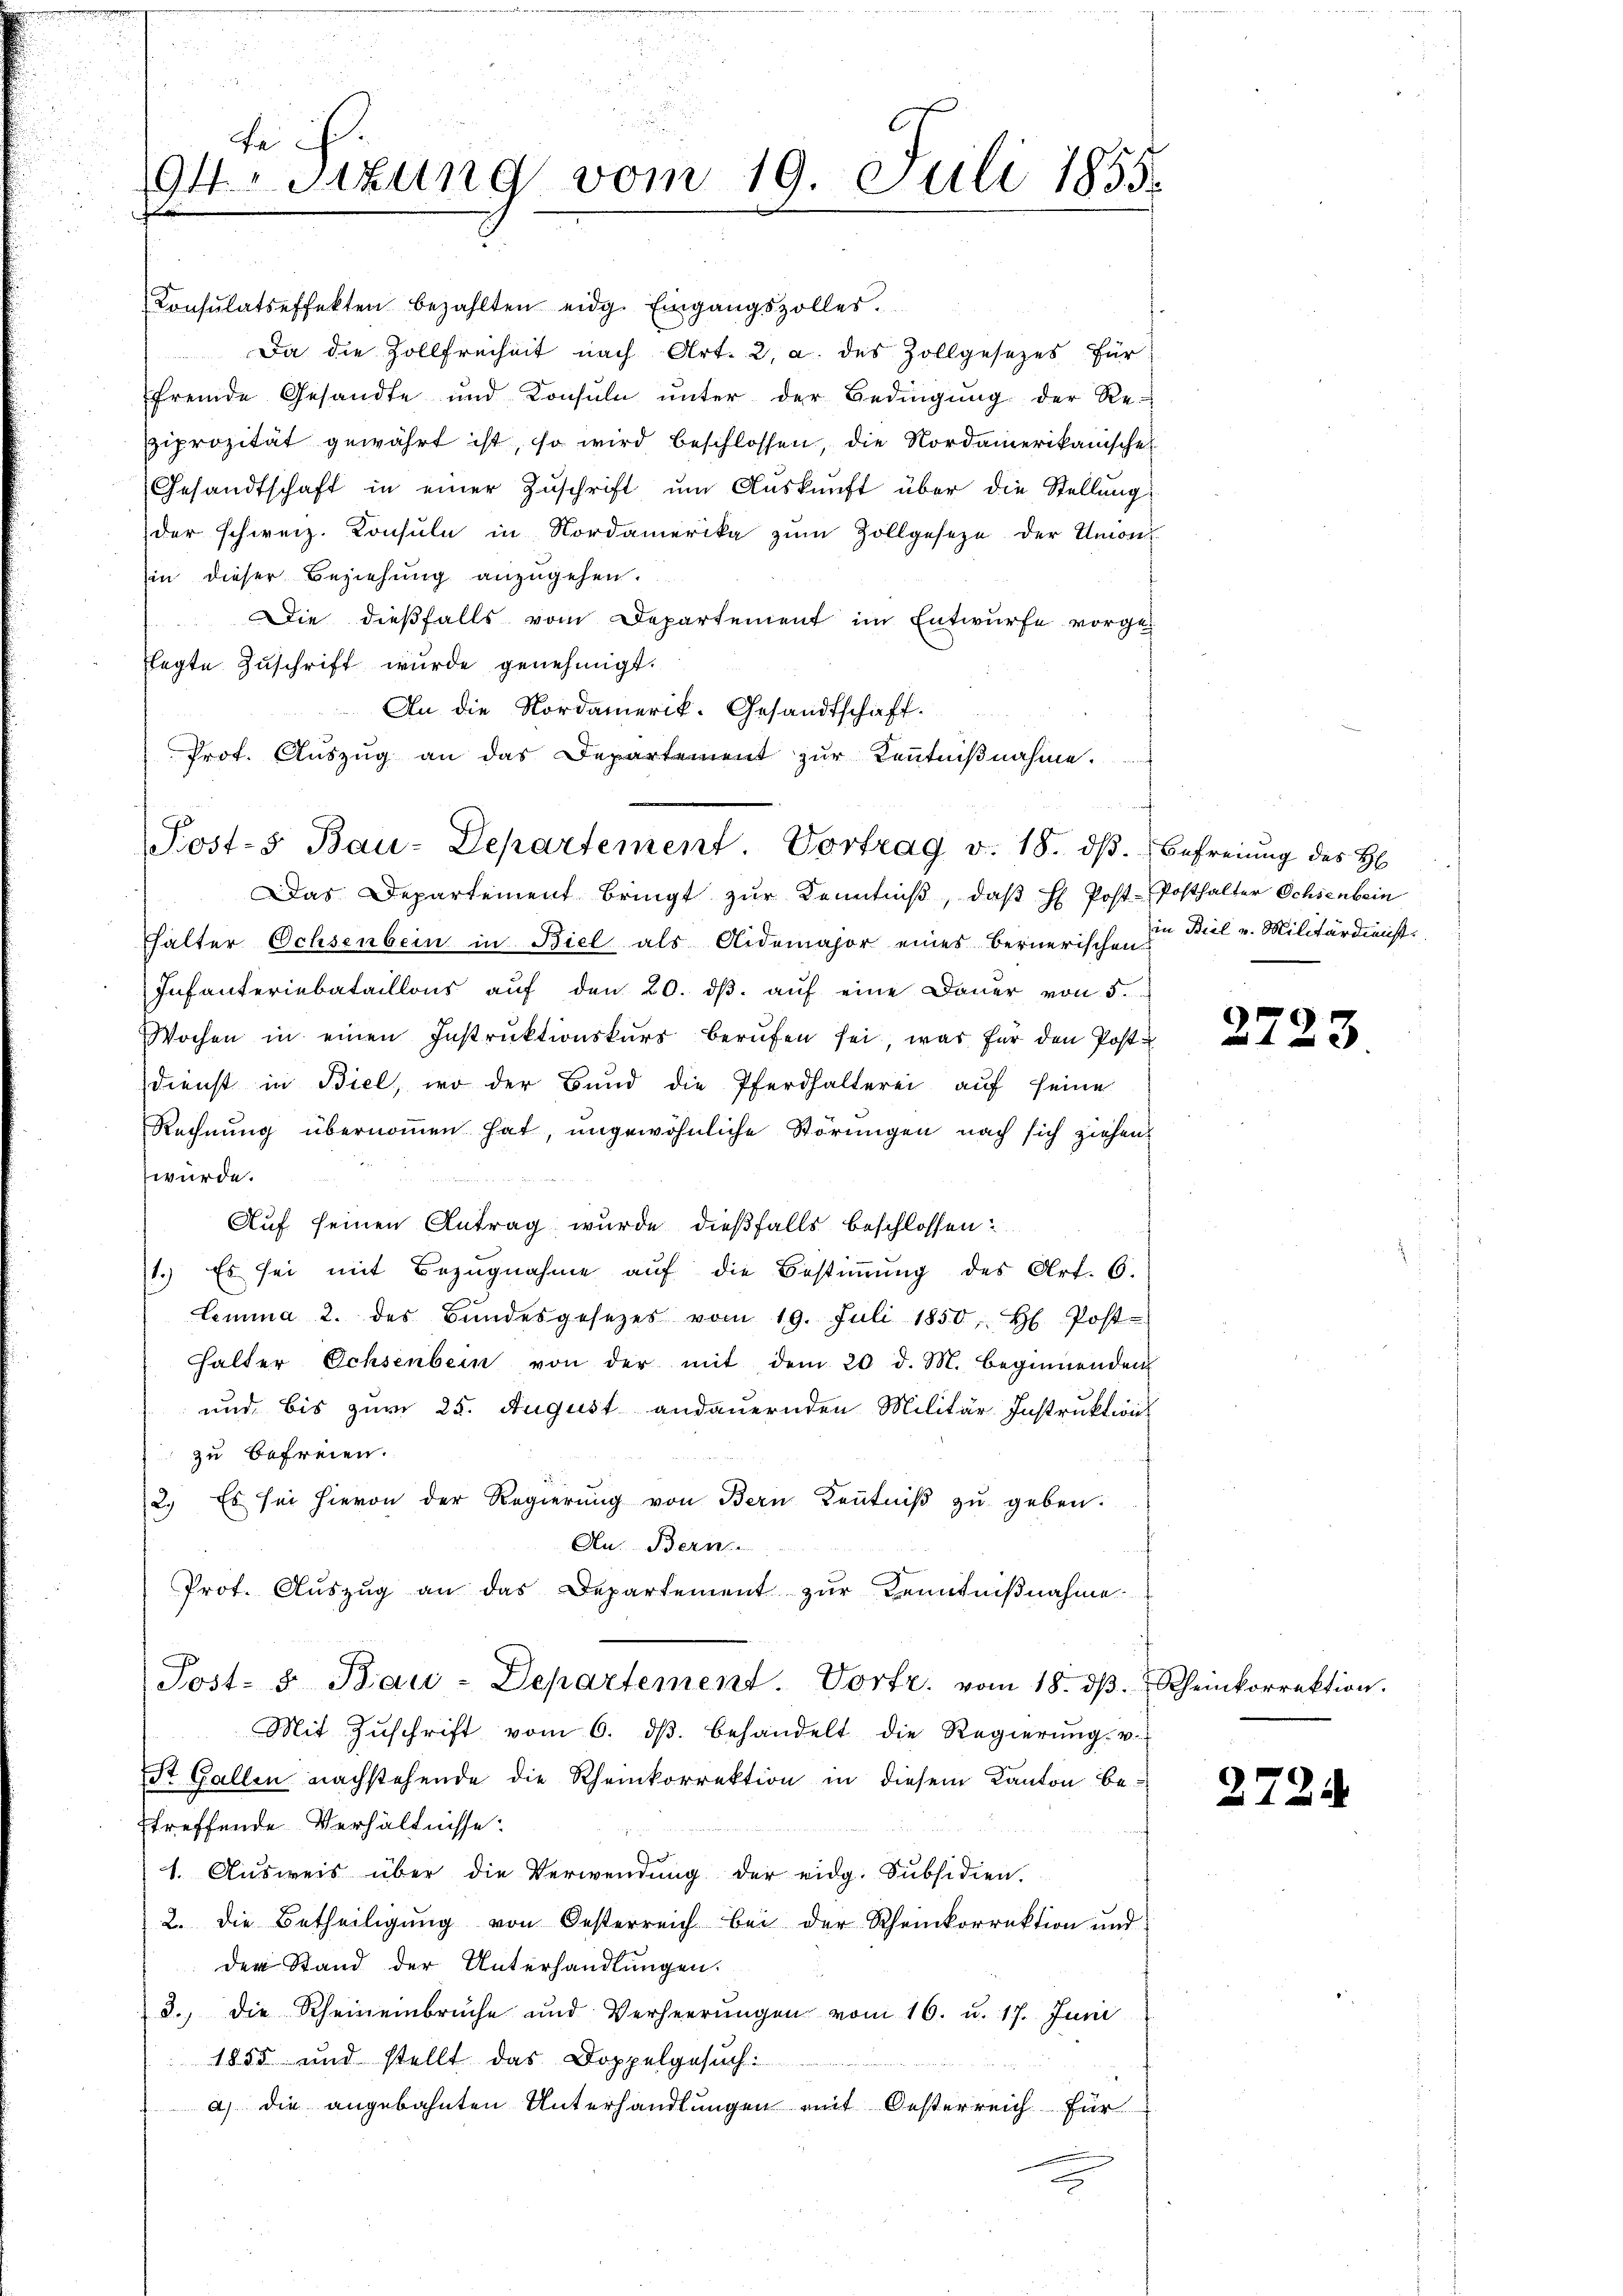
u
se ih
94. Sitzung vom 19. Juli 1855.

Consulatseffekten bezahlten eidg. Eingangszöller.
Da die Zollfreiheit nach Art. 2, a. des Zollgesezes für
fremde Gesandte und Konsŭln ŭnter der Bedingŭng der Reiprozität gewährt ist, so wird beschlossen, die Nordamerikanische
Gesandtschaft in einer Zŭschrift ŭm Aŭskŭnft über die Stellŭng
der schweiz. Konsuln in Nordamerika zŭm Zollgeseze der Union
in dieser Beziehung anzugehen.
Die dießfalls vom Departement im Entwurfe vorgeflegte Zuschrift wurde genehmigt.
An die Nordamerik. Gesandtschaft.
Prof. Aŭszŭg an das Departement zŭr Keṅtniβnahme.

Post- Bau-Departement Vortrag v. 18. dβ. Befreiung des H

Das Departement bringt zŭr Kenntniβ, daβ H. Post-Posthalter Ochsenbein
fhalter Ochsenbein in Biel als Aidemajor eines Bernerischen zu Biel v. Militärdienst.
Infanteriebataillons aŭf den 20. dβ aŭf eine Dauer von 5.
Wochen in einen Instrŭktionskŭrs berŭfen sei, was für den Postu
dienst in Biel, wo der Bund die Pferdhalterei auf seine
Rechnung übernommen hat, ungewöhnliche Störungen nach sich ziehen,
würde.
Auf seinen Antrag wurde dießfalls beschlossen:
1.) Es sei mit Bezugnahme auf die Bestimmung des Art. 6.
Lemma 2. des Bŭndesgesetzes vom 19. Juli 1850, H. Post-
halter Ochsenbein von der mit dem 20 d. M. beginnenden
und bis zum 25. August andauernden Militär-Instruktion
zu befreien.
2. Es sei hievon der Regierŭng von Bern Kenntniβ zŭ geben.
An. Bern
Prot. Auszug an das Departement zur Kenntnißnahme.
Post- & Bau-Departement. Vortr. vom 18. dβ. Rheinkorrektion.
Mit Zŭschrift vom 6. dβ. behandelt die Regierŭng v.
22
St. Gallen nachstehende die Rheinkorrektion in diesem Kanton be-
treffende Verhältnisse:
1. Ausweis über die Verwendung der eidg. Subsidien.
2. die Betheiligŭng von Oesterreich bei der Rheinkorrektion und
der Stand der Unterhandlungen.
3., die Rheinenbrüche und Verheerŭngen vom 16. u. 17. Juni
1855 und stellt das Doppelgesuch:
a) die angebahnten Unterhandlungen mit Oesterreich für
c

37

23

2724